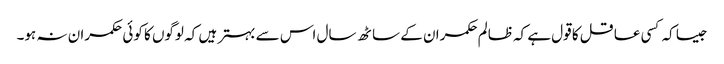
جیسا کہ کسی عاقل کا قول ہے کہ ظالم حکمران کے ساٹھ سال اس سے بہتر ہیں کہ لوگوں کا کوئی حکمران نہ ہو۔